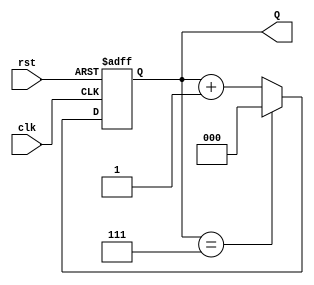
module binary_up_counter #(
    parameter N = 3  // Number of bits for the counter
)(
    input wire clk,   // Clock input
    input wire rst,   // Asynchronous reset input
    output reg [N-1:0] Q  // Binary output representing the current count value
);
    
    // Synchronous process to update the counter
    always @(posedge clk or posedge rst) begin
        if (rst) begin
            Q <= 0;  // Reset counter to 0
        end else begin
            if (Q == (1 << N) - 1) begin
                Q <= 0;  // Wrap around to 0 when max count is reached
            end else begin
                Q <= Q + 1;  // Increment the counter
            end
        end
    end

endmodule